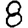
Digit: 8